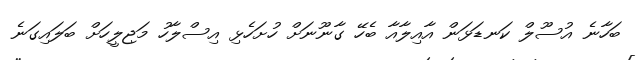
ބަހާނެ އުސޫލް ކަނޑަޅަން އާއިލާއާ ބެހޭ ގާނޫނަށް ހުށަހެޅި އިސްލާހު މަޖިލީހަށް ބަލައިގަނެ